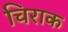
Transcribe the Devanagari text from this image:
चिराक